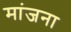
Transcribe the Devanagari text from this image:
मांजना